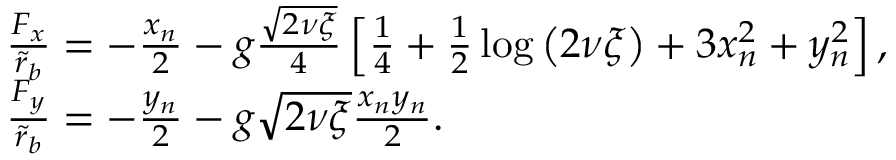
\begin{array} { r l } & { \frac { F _ { x } } { \tilde { r } _ { b } } = - \frac { x _ { n } } { 2 } - g \frac { \sqrt { 2 \nu \xi } } { 4 } \left[ \frac { 1 } { 4 } + \frac { 1 } { 2 } \log \left( 2 \nu \xi \right) + 3 x _ { n } ^ { 2 } + y _ { n } ^ { 2 } \right] , } \\ & { \frac { F _ { y } } { \tilde { r } _ { b } } = - \frac { y _ { n } } { 2 } - g \sqrt { 2 \nu \xi } \frac { x _ { n } y _ { n } } { 2 } . } \end{array}